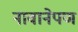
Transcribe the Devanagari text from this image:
नावानेपण